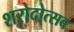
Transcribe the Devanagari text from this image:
शरोदोत्सब